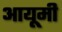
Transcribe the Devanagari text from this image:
आयूमी